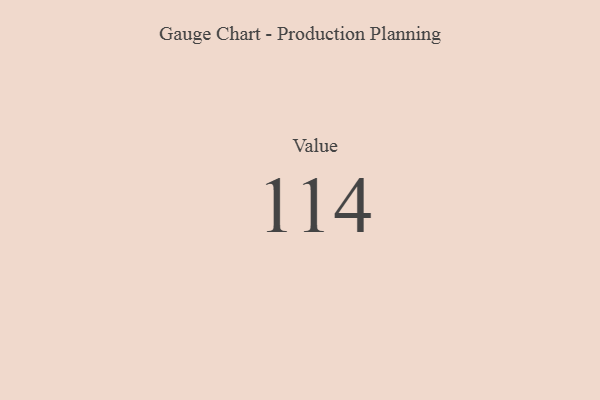
{"axis": {"x": "Metric", "y": "Value"}, "legend": [""], "data": [{"x": "Value", "y": 114, "type": ""}]}